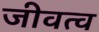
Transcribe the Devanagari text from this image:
जीवत्व